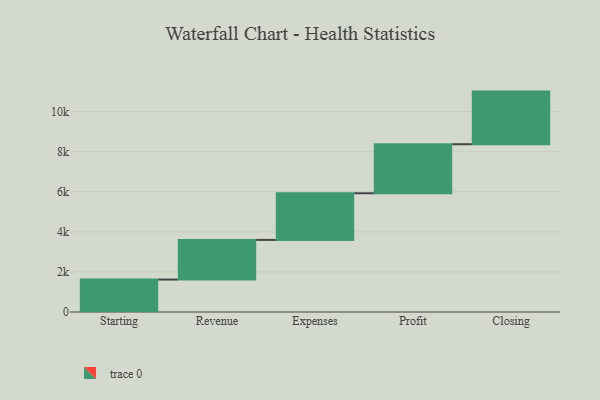
{"axis": {"x": "Step", "y": "Value"}, "legend": [""], "data": [{"x": "Starting", "y": 1620.0, "type": ""}, {"x": "Revenue", "y": 1978.0, "type": ""}, {"x": "Expenses", "y": 2329.0, "type": ""}, {"x": "Profit", "y": 2448.0, "type": ""}, {"x": "Closing", "y": 2627.0, "type": ""}]}